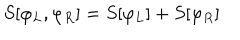
LaTeX: S [ \varphi _ { L } , \varphi _ { R } ] = S [ \varphi _ { L } ] + S [ \varphi _ { R } ]